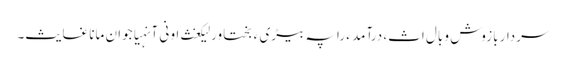
سردار بازوش و بال اث، درآمد ءَ را پہ بیڑی ءَ بختاور لیکغث او نی آنہیاجوان مانا غایث۔